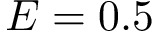
E = 0 . 5